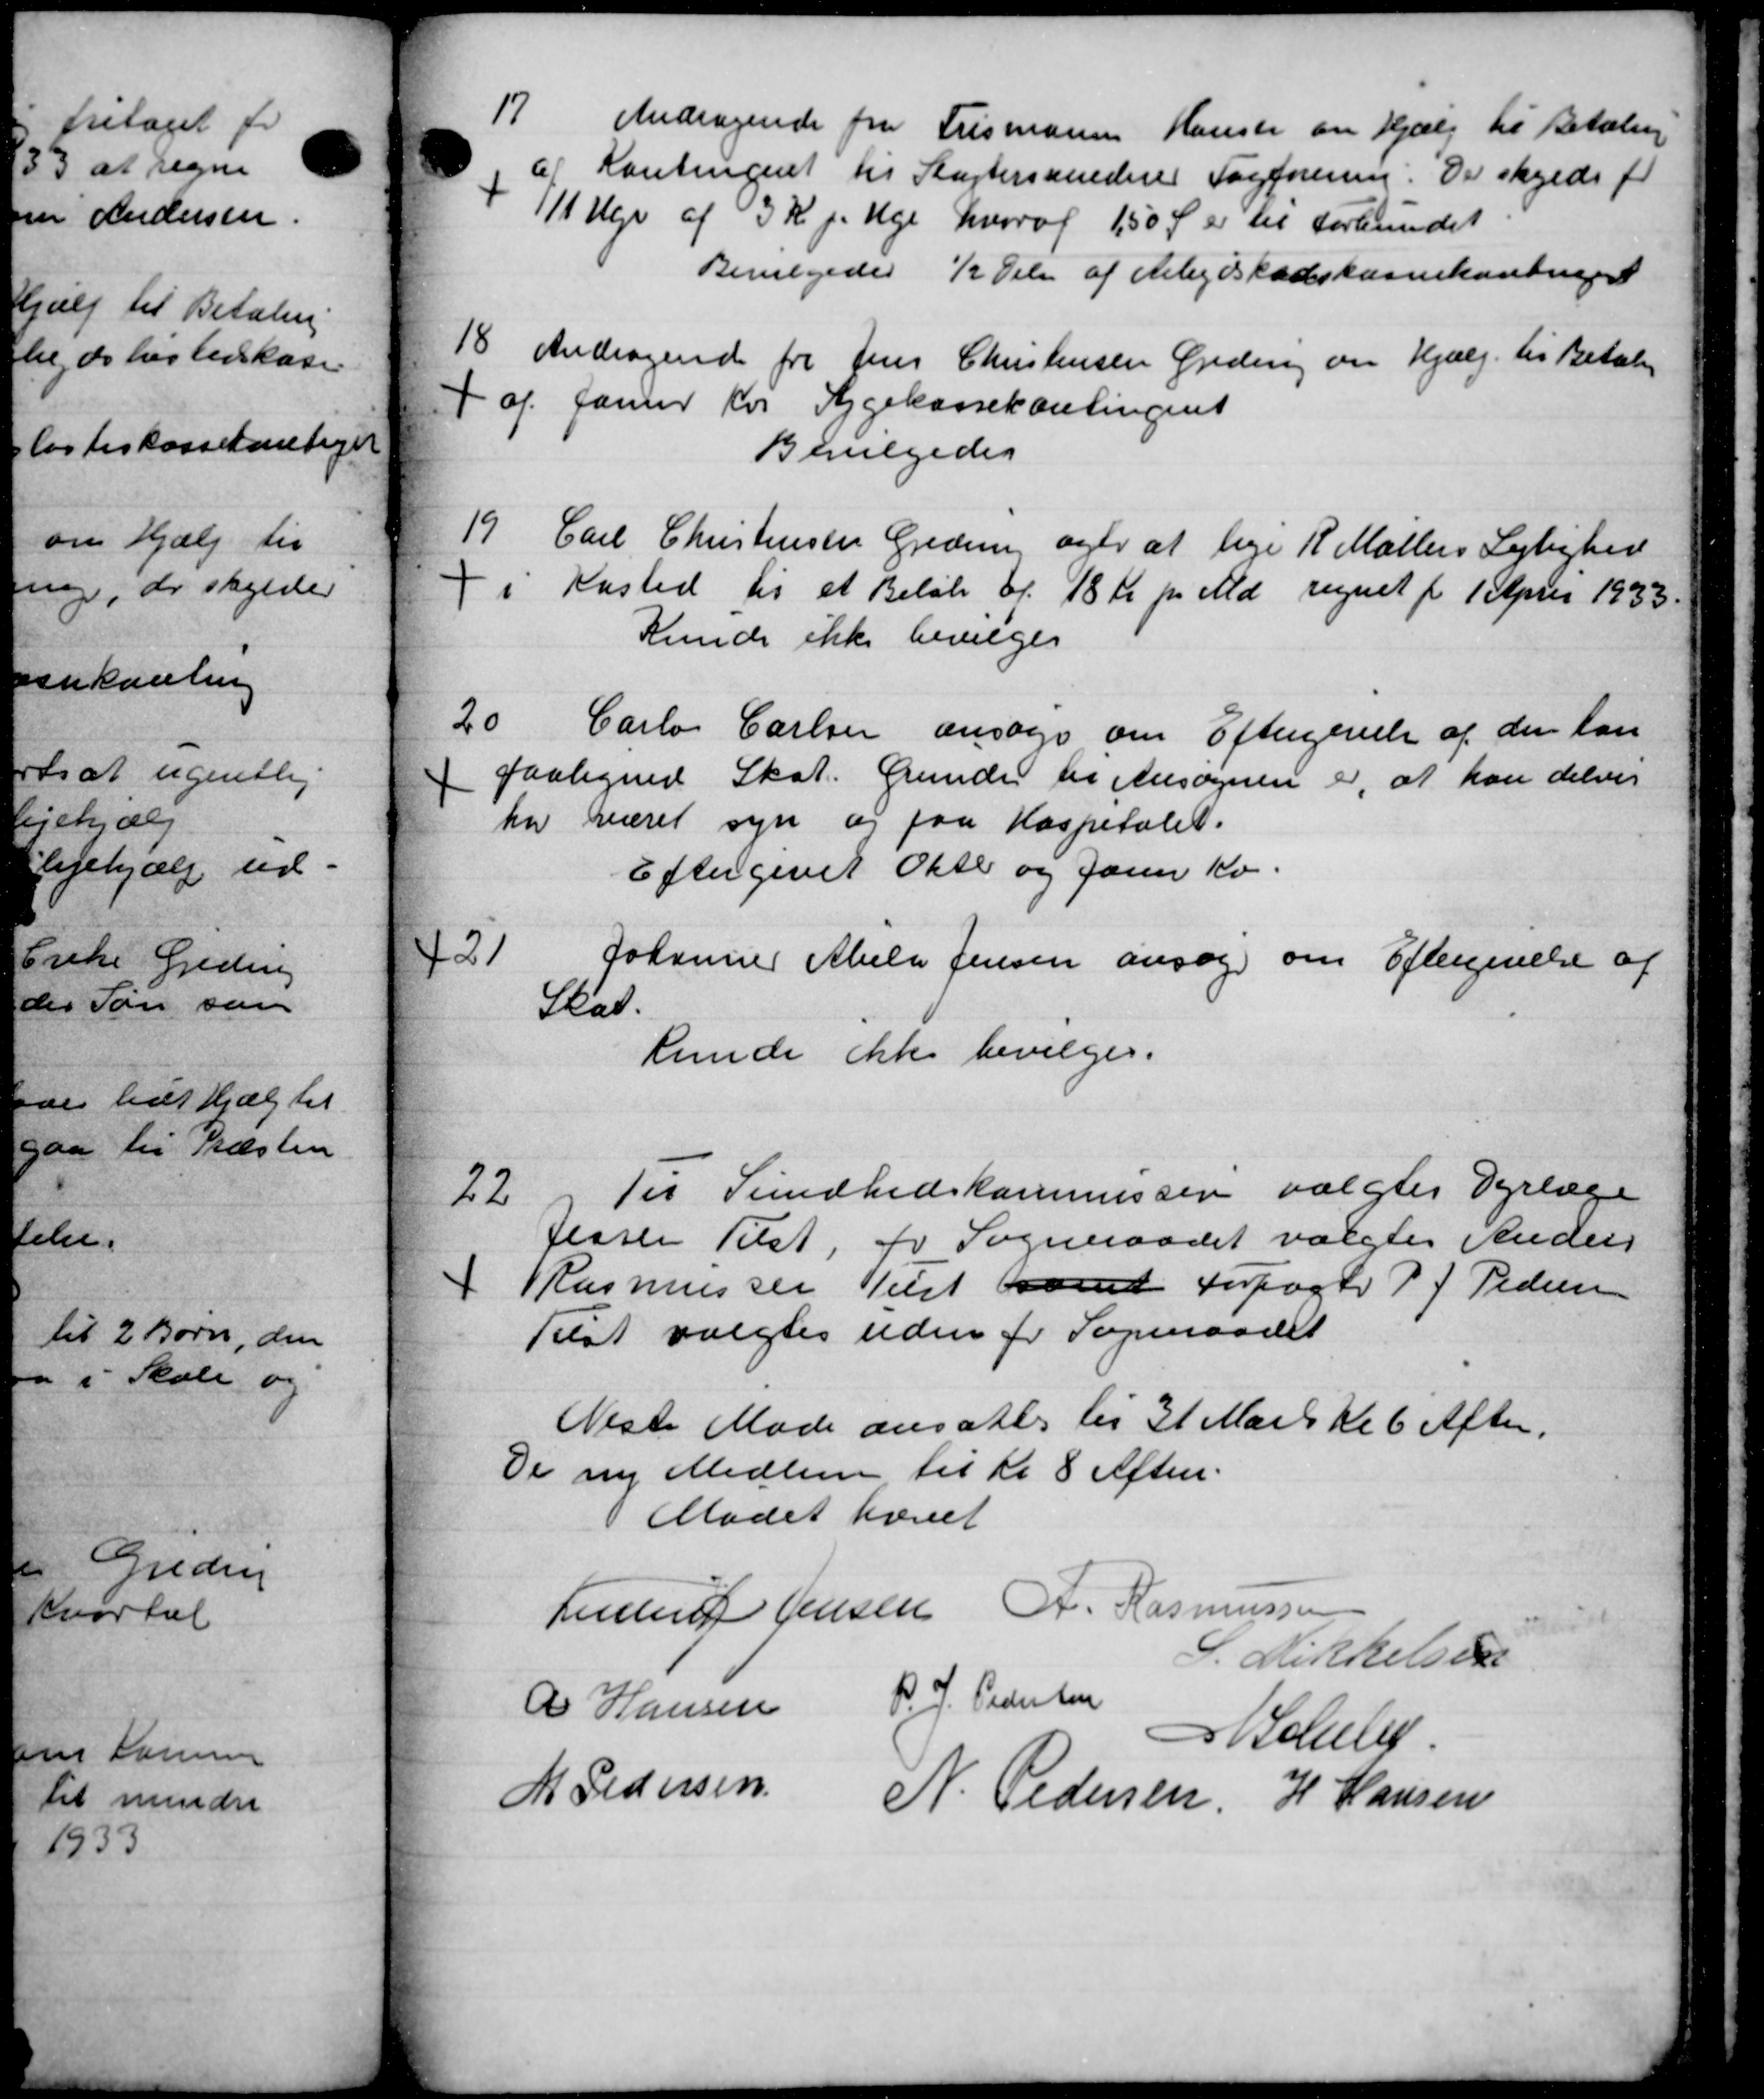
Transskription:
17
Andragende fra Frismann Hansen om Hjælp til Betaling
af Kontingent til Slagtersynedere Fagforening. Der skylde for
111 Uge af 3 Kr pr Uge hvoraf 150 Ø er til Forbundet
Bevilgedes ½ Del af Arbejdskabskassekontinger
18.
Andragende fra Jens Christensen Greding om Hjælp til Betaling
x af Januar Kvi Sygekassekontingent
Bevilgedes
19
Carl Christensen Gredning ager at lige R. Møllers Lejlighed
i Kasted til et Beløb af 18 Kr. pr. Md. regnet fr 1 April 1933.
Kunde ikke bevilges
20
Carlo Carlsen ansøge om Eftergivelse af den lan
paaligned Skat. Grunde til Ansøgeren er, at kan delvis
har været syn og paa Hospitalet.
Eftergivet Okte og Jan Kv.
+21
Johannes Abels Jensen ansøg om Eftergivelse af
Skat.
kunde ikke bevilges.
22
Til Sundhedskommissen valgtes Dyrlæge
Jesse Tilst, for Sogneraadet valgtes Anders
 Rasmussen Tilst samt Forpagter P J Pedersen
Tilst valgtes uden for Sogneraadet
Næste Møde ansattes til 31 Mark Kl. 6 Aften.
De ny Medlem til Kl 8 Aften.
Mødet hævet
Laurs Jensen A. Rasmussen
S. Kirkelsen
R Hansen P. J. Pedersen
 Schm
M Pedersen N. Pedersen H Hansen